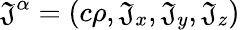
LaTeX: \mathfrak{J}^{\alpha}=\left(c\rho,\mathfrak{J}_{x},\mathfrak{J}_{y},\mathfrak{J}_{z}\right)